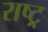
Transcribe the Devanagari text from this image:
राष्ट्र्